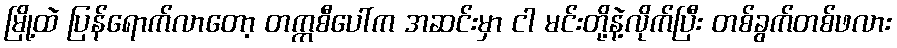
မြို့ထဲ ပြန်ရောက်လာတော့ တက္ကစီပေါ်က အဆင်းမှာ ငါ မင်းတို့နဲ့လိုက်ပြီး တစ်ခွက်တစ်ဖလား